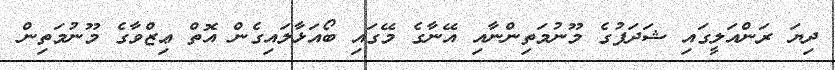
ދިޔަ ރަންއަލީގައި ޝަދަފުގެ މޫނުމަތިންނާއި އޭނާގެ މޭގައި ބޯއަޅާލައިގެން އޮތް ޢިޒްވާގެ މޫނުމަތިން